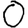
Digit: 0